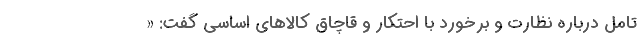
تامل درباره نظارت و برخورد با احتکار و قاچاق کالاهای اساسی گفت: «